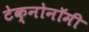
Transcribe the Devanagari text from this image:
टेक्नोनॉमी